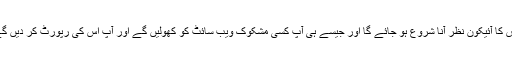
پراڈکٹ مینیجر کے مطابق صارفین کو ایکسٹینشن انسٹال کرنے کے بعد اس کا آئیکون نظر آنا شروع ہو جائے گا اور جیسے ہی آپ کسی مشکوک ویب سائٹ کو کھولیں گے اور آپ اس کی رپورٹ کر دیں گے تو اس سے گوگل اور انٹرنیٹ صارفین کی ایک بڑی تعداد کو فائدہ ہوگا۔